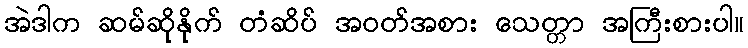
အဲဒါက ဆမ်ဆိုနိုက် တံဆိပ် အဝတ်အစား သေတ္တာ အကြီးစားပါ။